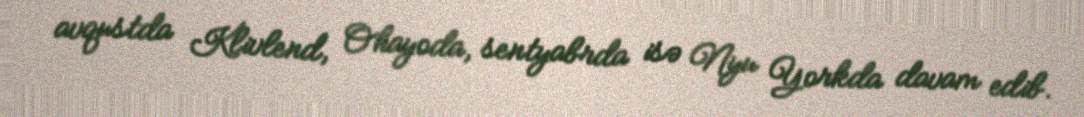
avqustda Klivlend, Ohayoda, sentyabrda isə Nyu Yorkda davam edib.